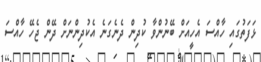
ޅަފަތުގައި ހާއްސަ އެހީއަށް ބޭނުންވާ ކުދިން ދެނެގަނެ އެކުދިންނަށް ދޭން ޖެހޭ ހާއްސަ